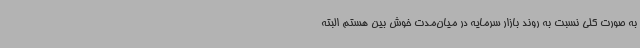
به صورت کلی نسبت به روند بازار سرمایه در میان‌مدت خوش بین هستم البته